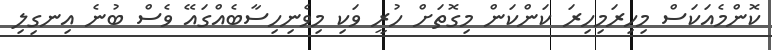
ކޮންމެއަކަސް މިހިރަމިހިރަ ކަންކަން މިގޮތަށް ހުރީ ވަކި މިވެނިހިސާބެއްގައޭ ވެސް ބުނެ އިނގިލި